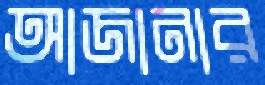
আজানার